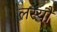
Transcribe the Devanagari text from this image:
लस्यौ